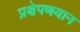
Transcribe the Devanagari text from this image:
प्रक्षेपणयान